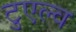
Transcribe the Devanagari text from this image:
टुएल्व